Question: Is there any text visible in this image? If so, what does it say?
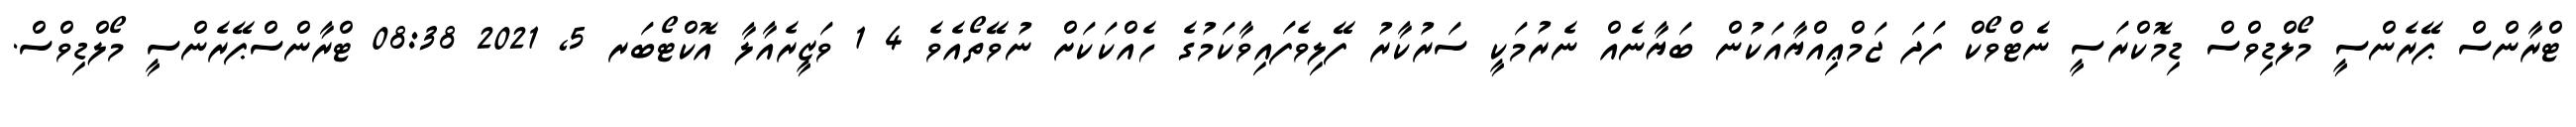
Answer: ޓްރާންސް ޕޭރެންސީ މޯލްޑިވްސް ޑިމޮކްރަސީ ނެޓްވޯކް ފަދަ ޖަމްޢިއްޔާއަކުން ބަޔާނެއް ނެރުމަކީ ސަރުކާރު ފޭލިވެފައިވާކަމުގެ ހެއްކަކަށް ނުވޭތޯއެވެ 4 1 ވަޒީރެއާލާ އޮކްޓޯބަރ 5, 2021 08:38 ޓްރާންސްޕޭރެންސީ މޯލްޑިވްސް.